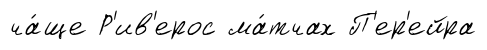
ча́ще Р'ив'ерос ма́тчах П'ер'ейра